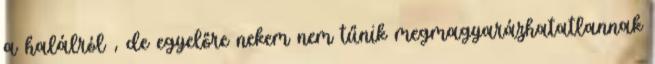
a halálról , de egyelőre nekem nem tűnik megmagyarázhatatlannak